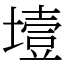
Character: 㙪